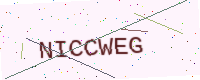
Text: NICCWEG